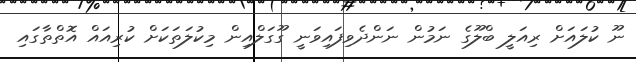
ނޫ ކުލައަށް ރިއަލީ ބްލޫގެ ނަމުން ނަންދެވިފައިވަނީ ގޫގަލްއިން މިކުލަތަކަށް ކުރިއައް އޮތްތާގައި